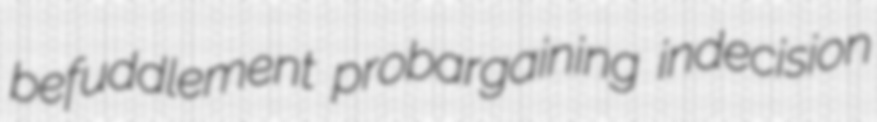
befuddlement probargaining indecision